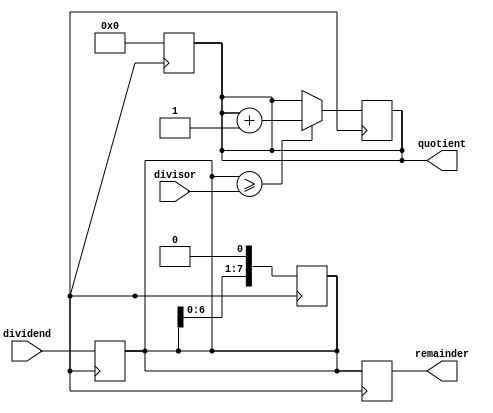
module binary_divider(input [7:0] dividend, input [7:0] divisor, output reg [7:0] quotient, output reg [7:0] remainder);

reg [7:0] temp_dividend;
reg [7:0] temp_remainder;

always @ (posedge clk) begin
    temp_dividend <= dividend;
    temp_remainder <= 0;
    quotient <= 0;
end

always @ (posedge clk) begin
    if (temp_dividend >= divisor) begin
        temp_dividend <= temp_dividend - divisor;
        quotient <= quotient + 1;
    end
    temp_dividend <= temp_dividend << 1;
end

always @ (posedge clk) begin
    remainder <= temp_dividend;
end

endmodule